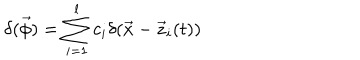
\delta ( \vec { \phi } ) = \sum _ { i = 1 } ^ { l } c _ { i } \delta ( \vec { x } - \vec { z } _ { i } ( t ) )